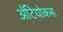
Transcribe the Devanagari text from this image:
अँटियोकस